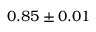
0 . 8 5 \pm 0 . 0 1